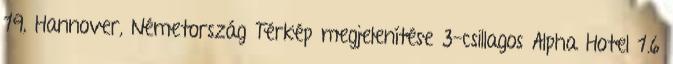
19, Hannover, Németország Térkép megjelenítése 3-csillagos Alpha Hotel 1.6